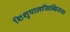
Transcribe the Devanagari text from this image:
शिशुपालसिन्धियया